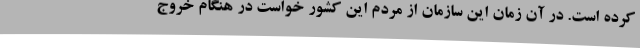
کرده است. در آن زمان این سازمان از مردم این کشور خواست در هنگام خروج